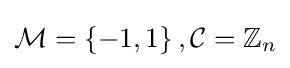
\textstyle {\mathcal {M}}=\left\{-1,1\right\},{\mathcal {C}}=\mathbb {Z} _{n}